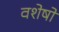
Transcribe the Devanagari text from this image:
वशेषों